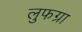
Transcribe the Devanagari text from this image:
लुफग्रा